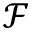
{ \mathcal F }